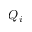
Q _ { i }